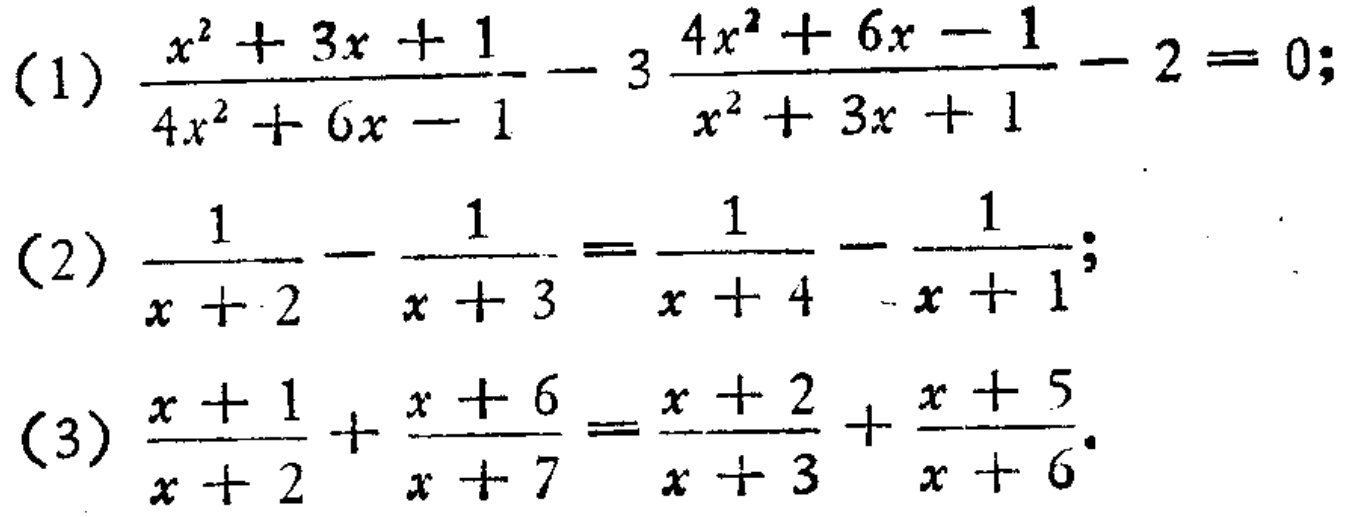
(1) \(\frac{x^{2}+3x + 1}{4x^{2}+6x - 1}-3\frac{4x^{2}+6x - 1}{x^{2}+3x + 1}-2 = 0\);
(2) \(\frac{1}{x + 2}-\frac{1}{x + 3}=\frac{1}{x + 4}-\frac{1}{x + 1}\);
(3) \(\frac{x + 1}{x + 2}+\frac{x + 6}{x + 7}=\frac{x + 2}{x + 3}+\frac{x + 5}{x + 6}\).